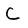
Character: C